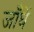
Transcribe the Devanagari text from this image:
जाँघें